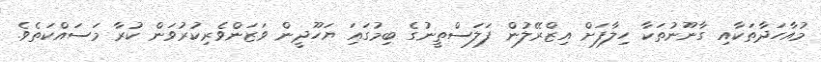
މުއާހަދާތަކާއި ގާނޫނުތަކާ ހިލާފަށް އިޒްރޭލުން ފަލަސްތީނުގެ ބިމުގައަި ޔަހޫދީން ވަޒަންވެރިކުރުވަން ކުރާ މަސައްކަތެވެ.